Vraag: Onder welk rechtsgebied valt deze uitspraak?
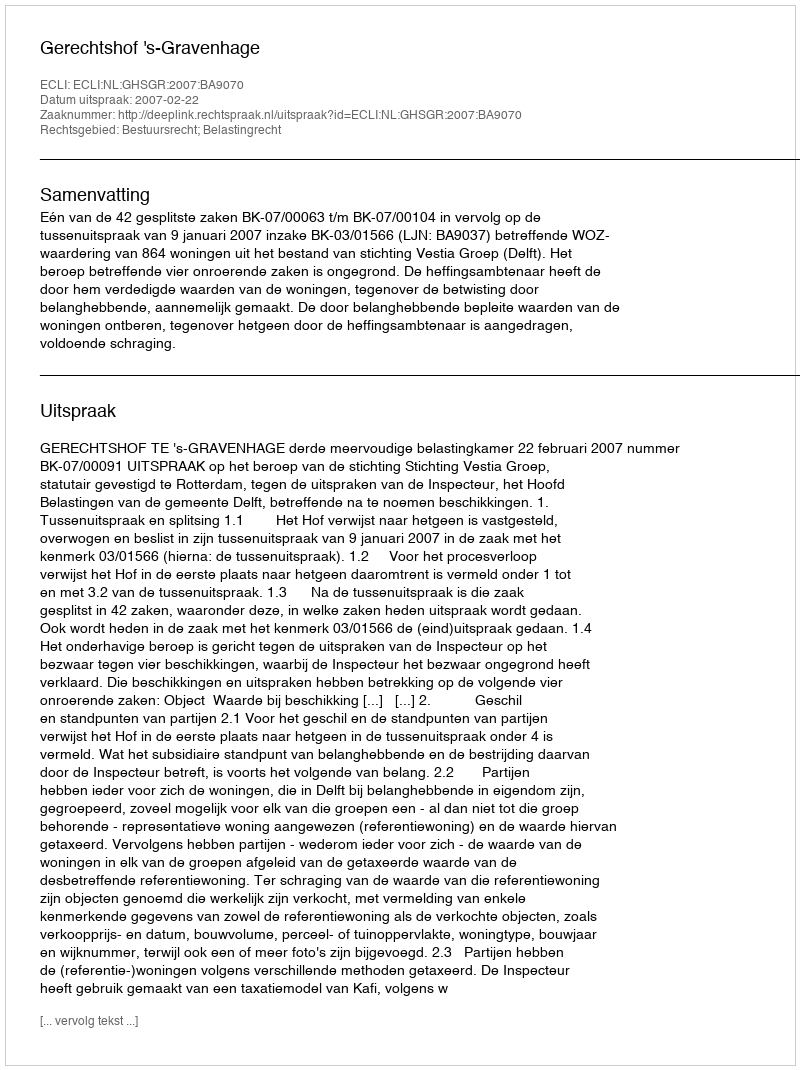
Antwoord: Bestuursrecht; Belastingrecht